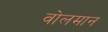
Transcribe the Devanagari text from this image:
वोलमान